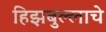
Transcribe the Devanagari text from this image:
हिझबुल्लाचे